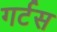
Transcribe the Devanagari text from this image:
गर्टस